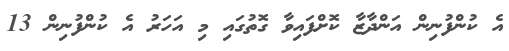
އެ ކުންފުނިން އަންދާޒާ ކޮށްފައިވާ ގޮތުގައި މި އަހަރު އެ ކުންފުނިން 13